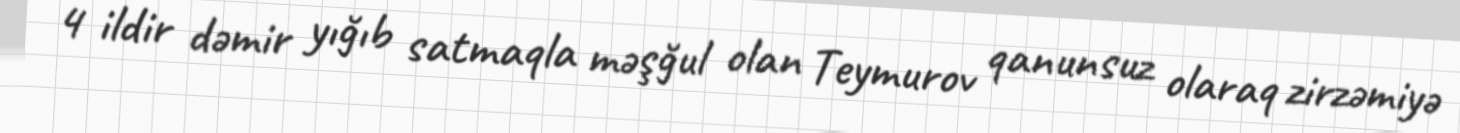
4 ildir dəmir yığıb satmaqla məşğul olan Teymurov qanunsuz olaraq zirzəmiyə